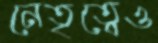
নেতৃত্বেও